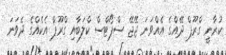
ކުރާނީ ގްރޫޕް ދޭއްގެ އެއްވަނަ ޖޭޖޭ ސްޕޯޓްސް ކްލަބާއި ގްރޫޕް އެކެއްގެ ދެވަނަ